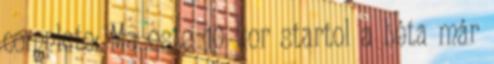
complete: Ma este 10 kor startol a béta már